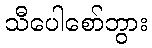
သီပေါစော်ဘွား